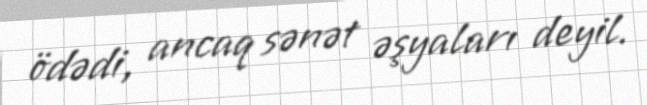
ödədi, ancaq sənət əşyaları deyil.